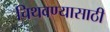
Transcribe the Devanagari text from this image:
चिथवण्यासाठी